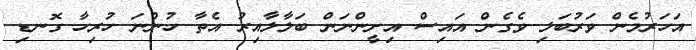
އަހަރުމެން ވަރުބަލި ވެގެން އައިސް އިށީންނަން ބަލާލާއިރު އެތާ ހުންނަ ހުރިހާ ގޮނޑި